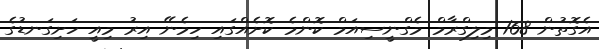
އެގޮތުން 168 މިލިގްރާމް މެގްނީސިއަމް ކޮންމެ ކޮށެއްގައި ހިމެނޭ އިރު މިއީ ހަށިގަނޑުގެ